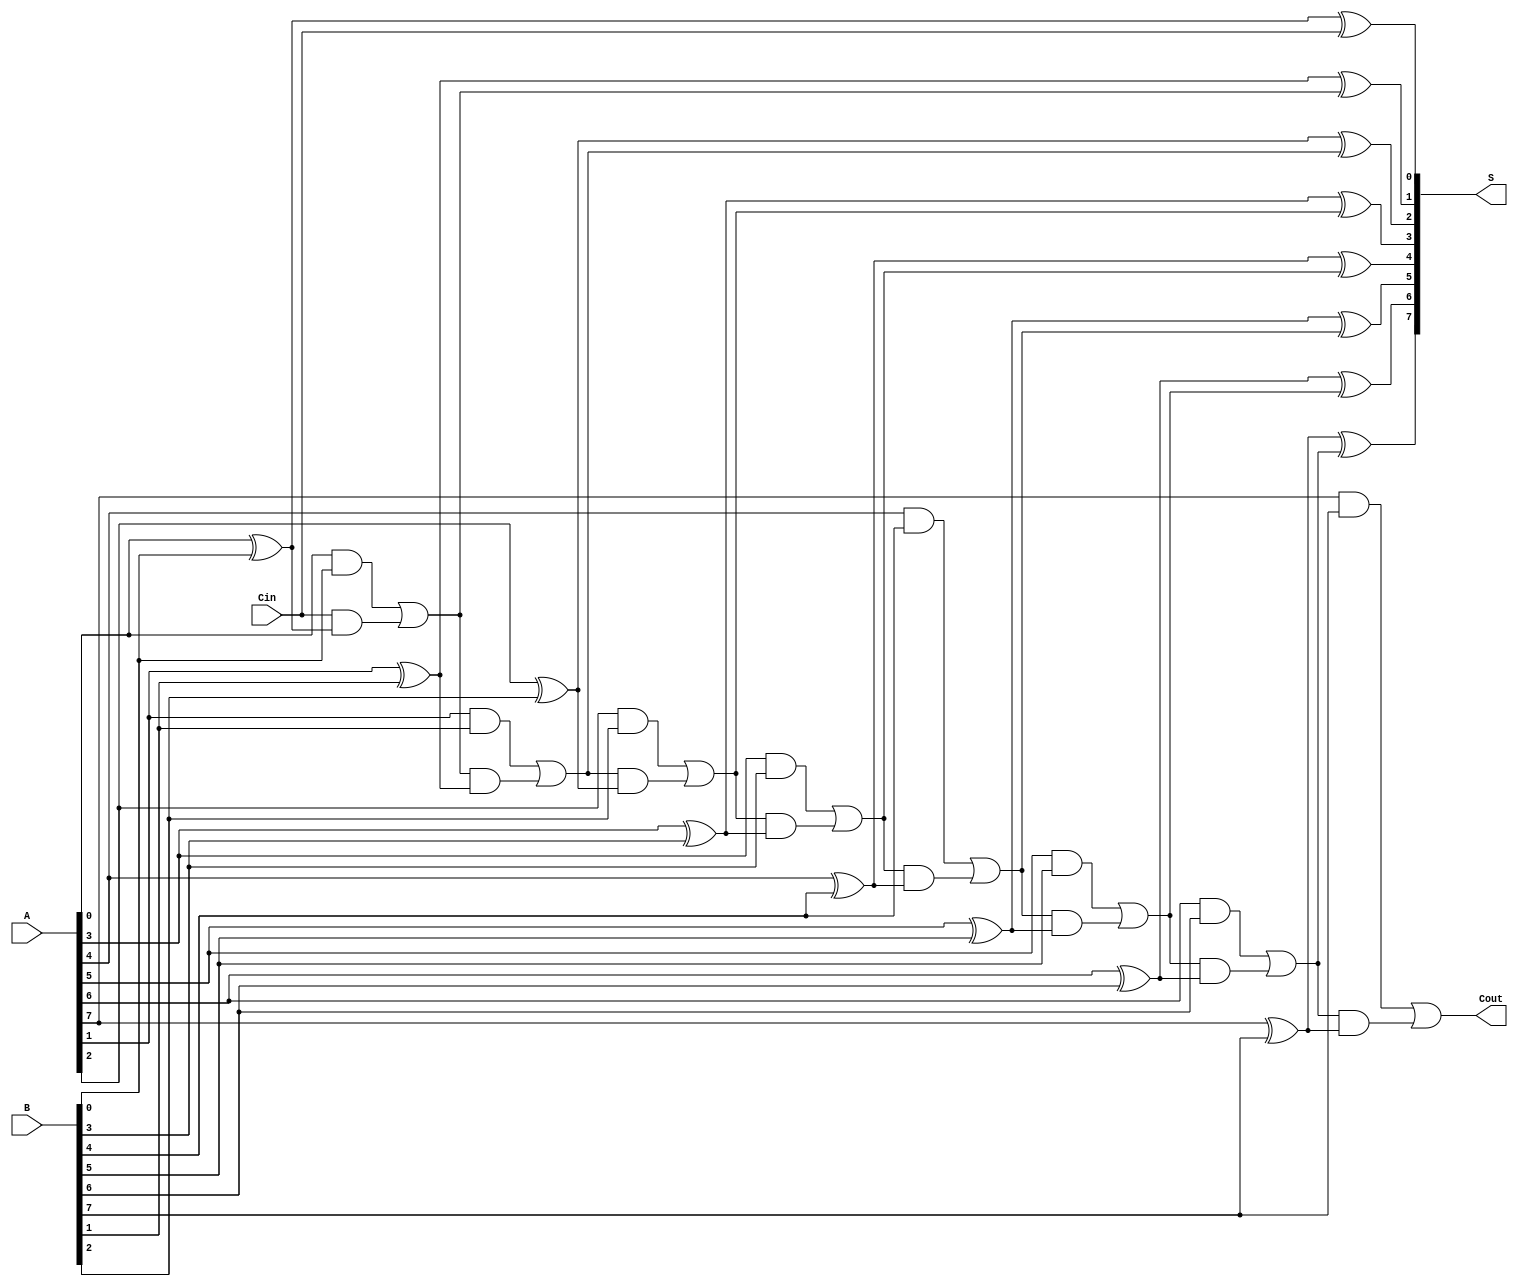
module PrecomputationCarryAdder #(
    parameter N = 8  // Bit-width of the adder
)(
    input  [N-1:0] A,      // First n-bit input
    input  [N-1:0] B,      // Second n-bit input
    input         Cin,      // Carry-in
    output [N-1:0] S,      // n-bit sum output
    output        Cout      // Carry-out
);

    wire [N:0] C; // Carry signals, C[0] = Cin, C[N] = Cout

    // Generate carry signals
    genvar i;
    generate
        for (i = 0; i < N; i = i + 1) begin : carry_generation
            if (i == 0) begin
                // First carry is based on Cin
                assign C[i] = (A[i] & B[i]) | (Cin & (A[i] ^ B[i]));
            end else begin
                // Carry generation for subsequent bits
                assign C[i] = (A[i] & B[i]) | (C[i-1] & (A[i] ^ B[i]));
            end
        end
    endgenerate

    // Sum calculation
    generate
        for (i = 0; i < N; i = i + 1) begin : sum_calculation
            if (i == 0) begin
                // Sum for the first bit
                assign S[i] = A[i] ^ B[i] ^ Cin;
            end else begin
                // Sum for subsequent bits
                assign S[i] = A[i] ^ B[i] ^ C[i-1];
            end
        end
    endgenerate

    // Carry-out is the last carry
    assign Cout = C[N-1];

endmodule